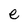
Character: e